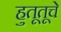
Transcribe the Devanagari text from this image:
हुतूतूचे